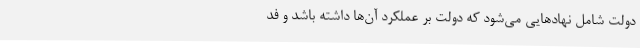
دولت شامل نهادهایی می‌شود که دولت بر عملکرد آن‌ها داشته باشد و فد